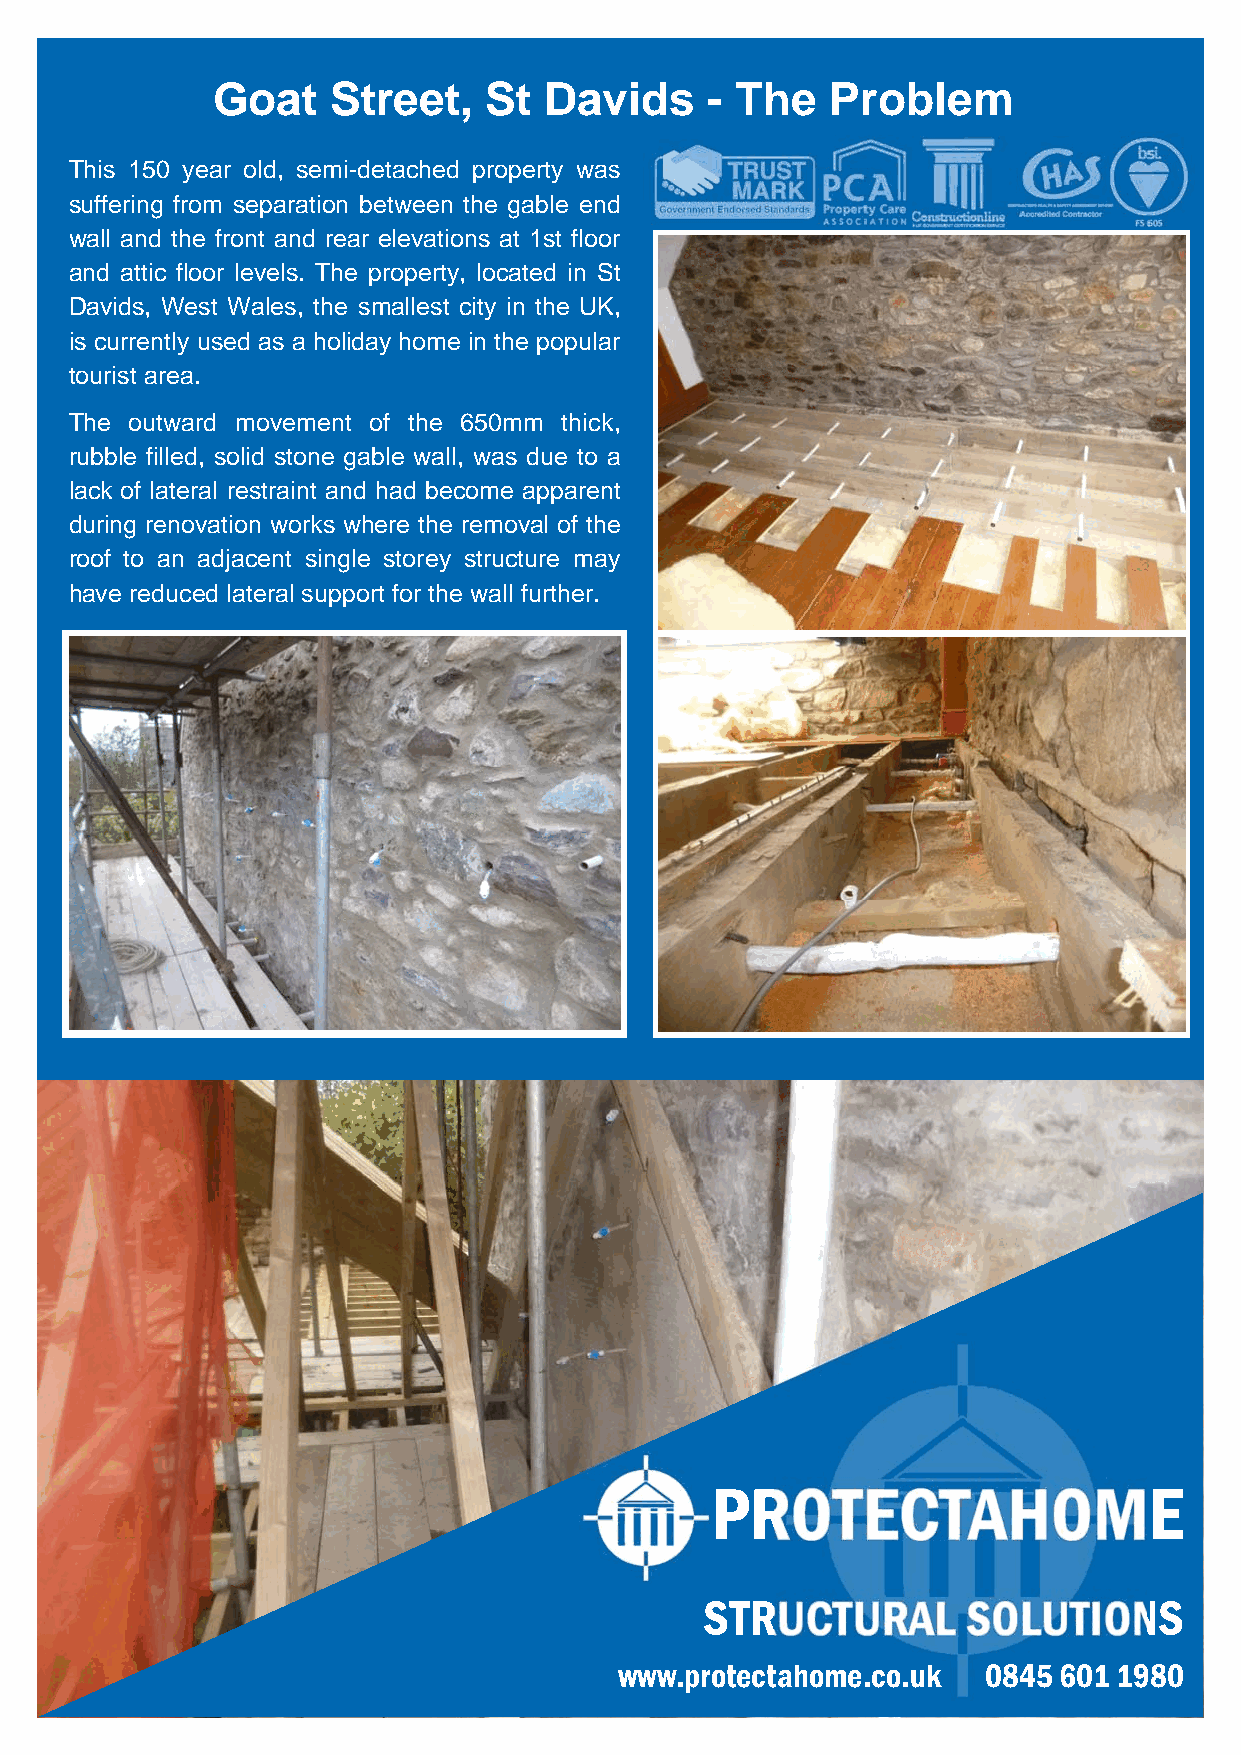
Goat    Street,   St  Davids     - The   Problem
 This 150 year old, semi-detached property was
 suffering from separation between the gable end
 wall and the front and rear elevations at 1st floor
 and attic floor levels. The property, located in St
 Davids, West Wales, the smallest city in the UK,
 is currently used as a holiday home in the popular
 tourist area.
 The outward movement of the 650mm thick,
 rubble filled, solid stone gable wall, was due to a
 lack of lateral restraint and had become apparent
 during renovation works where the removal of the
 roof to an adjacent single storey structure may
 have reduced lateral support for the wall further.
 PROTECTAHOME
 STRUCTURAL       SOLUTIONS
 www.protectahome.co.uk  0845 601 1980